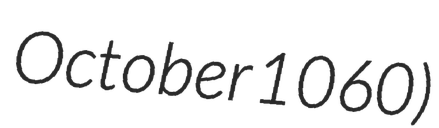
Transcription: October 1060)